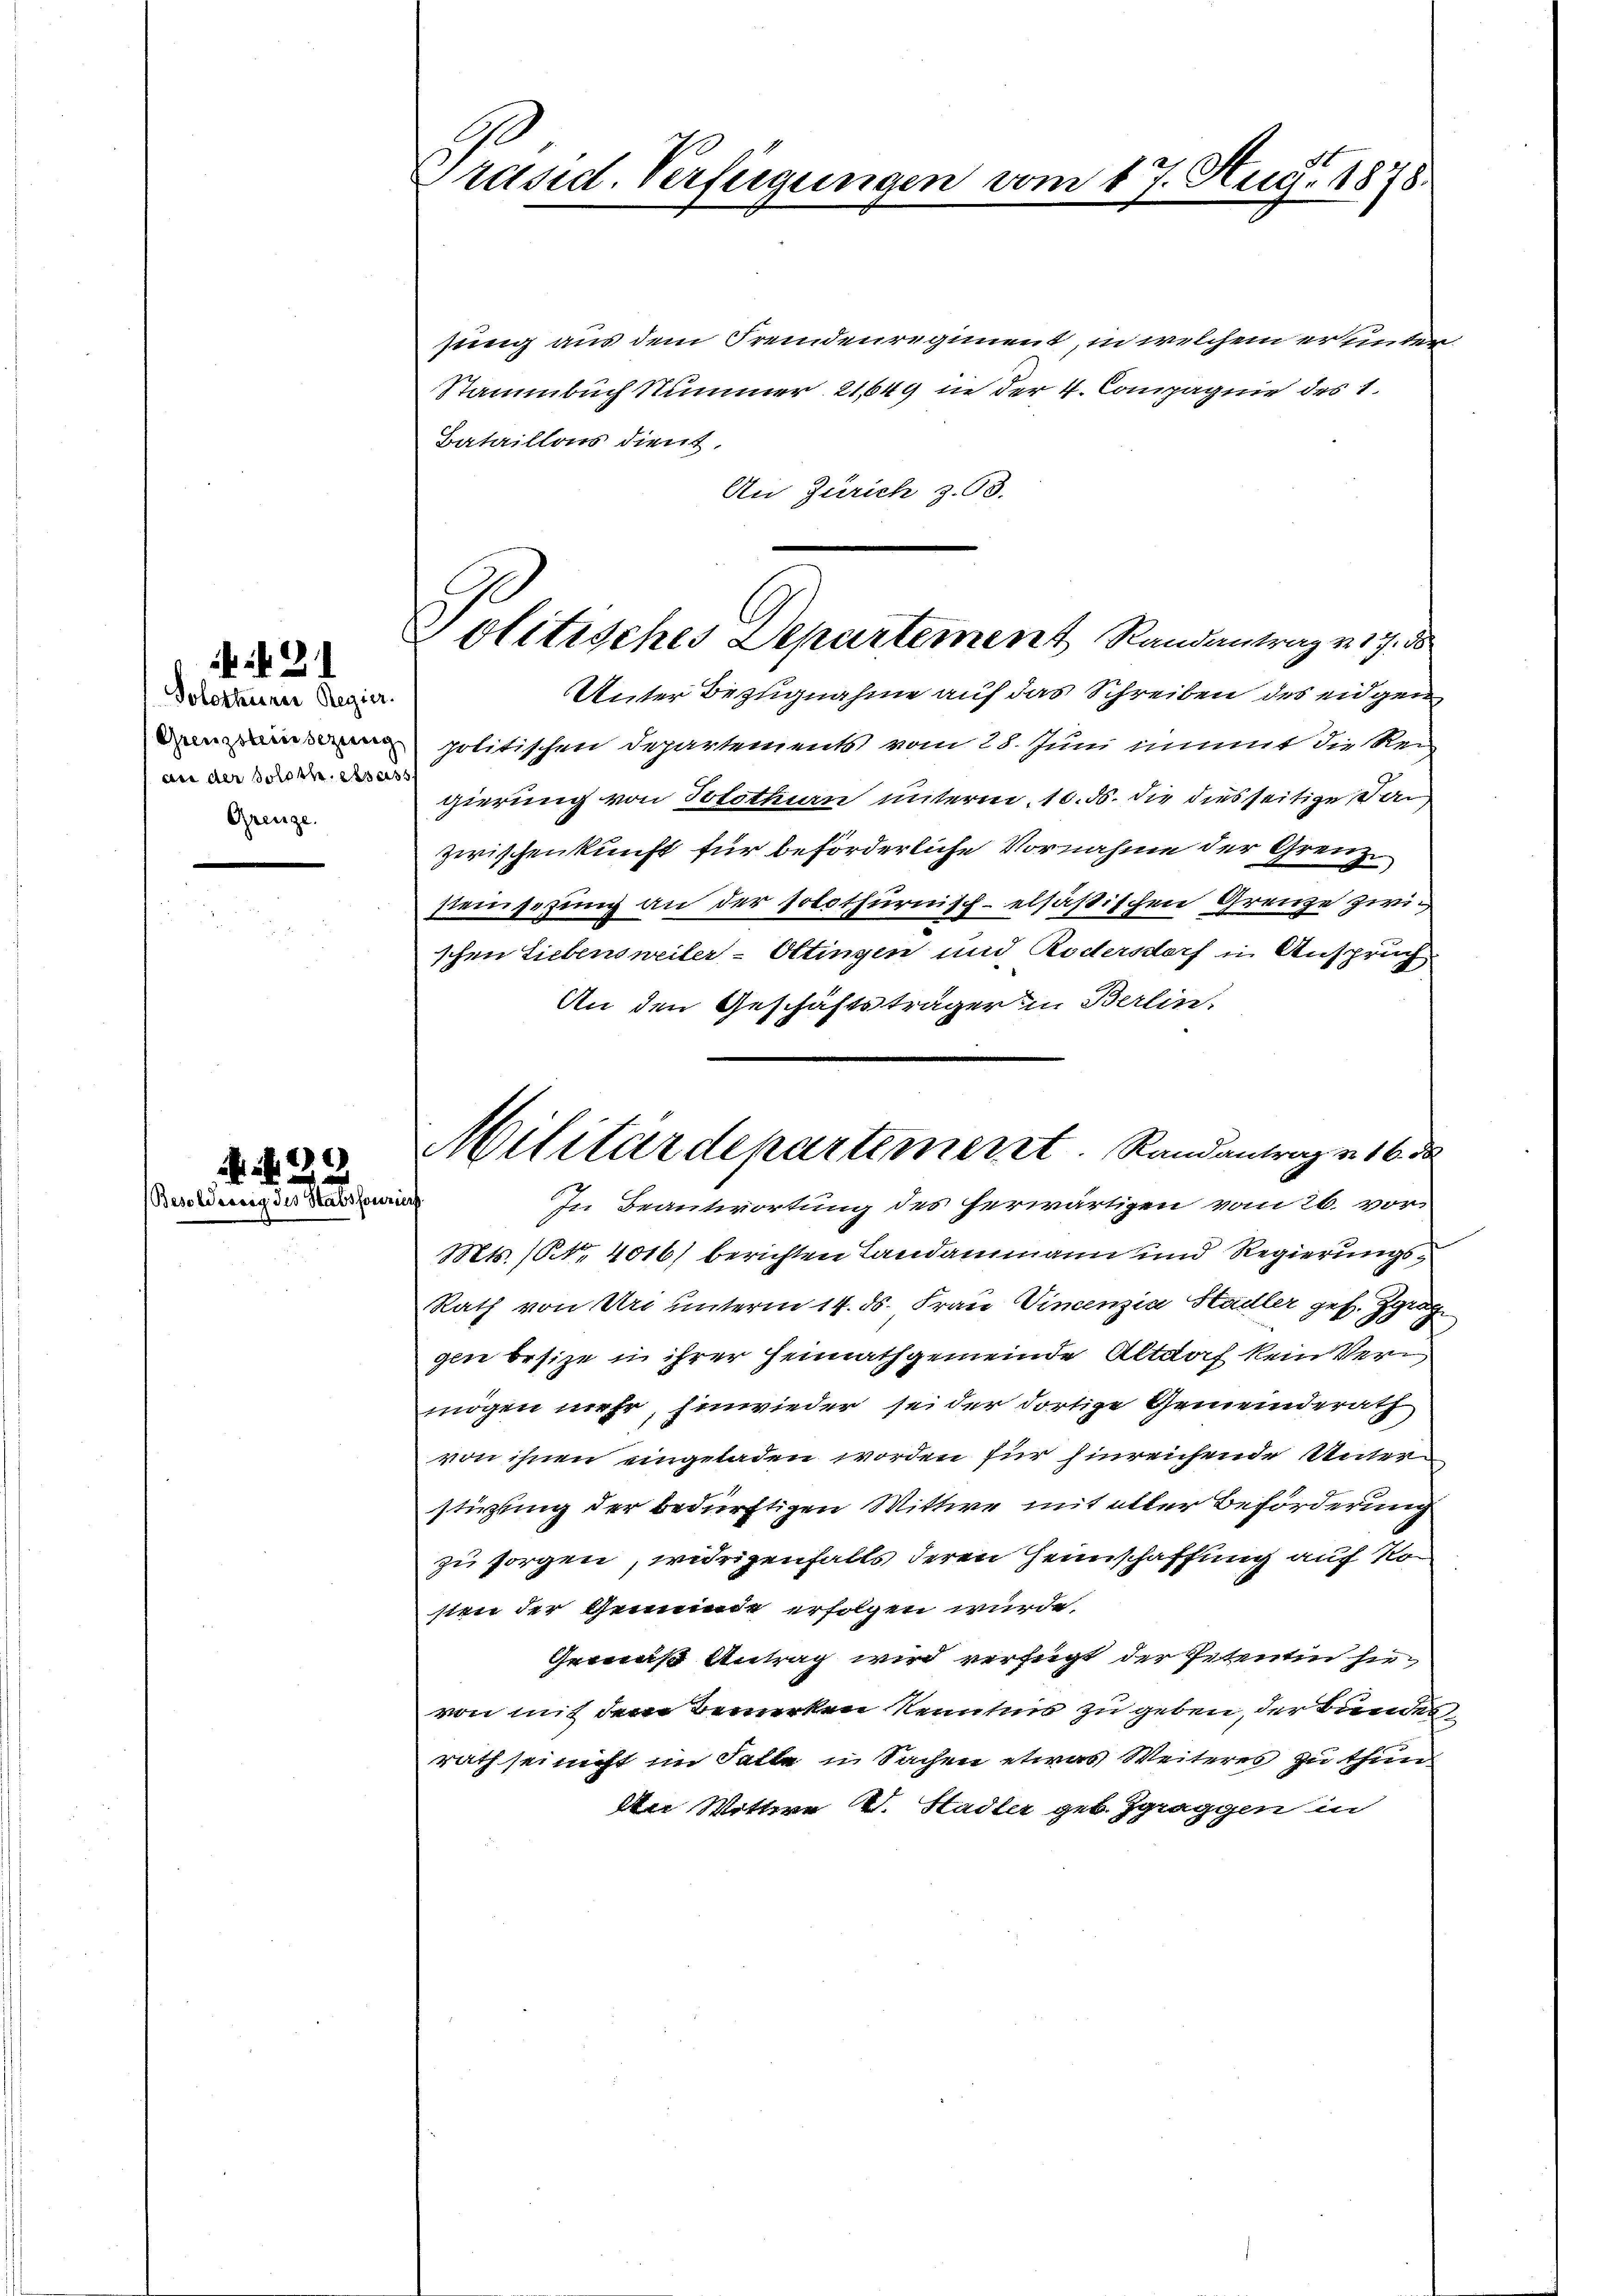
if. 21

Solothurer Regier.
an der Soloth. des a
Grenze.

429

Besoldung der Sachen

sung aus dem Fremdenregiment, in welchem er unter
Stammbuch Nummer 21649 in der 4. Compagnie des 1.
Bataillons dient.
An Zürich z. 93.

Präsid. Verfügungen vom 17. Aug. 1878

Politisches Departement Randantrag v. 17. de

Unter Bezugnahme auf das Schreiben des eidgen
k politischen Departements vom 28. Juni nimmt die Re-
x
gierung von Solothurn unterm 10. ds. die diesseitige Dan
zwischenkunft für beförderliche Vornahme der Grenze
steinsezung an der solothurnisch-elsästischen Grenze zwischen Liebensweiler-Uttingen und Rödersdorf in Anspruch
An den Geschäftsträger in Berlin.
Mts. (S. 4016) berichten Landammann und Regierungs¬
Rath von Uri unterm 14. ds. Frau Vincenzia Stadler ges. Z
gen besize in ihrer Heimathgemeinde Altdoch kein Vermögen mehr, hinwieder sei der dortige Gemeinderath
von ihnen eingeladen worden für hinreichende Unterstürzung der bedürftigen Wittwe mit aller Beförderung
zu sorgen, widrigenfalls deren Heimschaffung auf Kosten der Gemeinde erfolgen wurde.
Grenis Antrag wird verfügt der Petentin hie
von mit dem Bemerken Kenntnis zu geben, der Bundes,
rath sei nicht im Falle in Sachen etwas Weiteres zu thun
 Wittwe V. Stadler geb. Zgraggen in

Militärdepartement. Randantrag u. 16. ds
rich
In Beantwortung des herwärtigen vom 26. vor¬